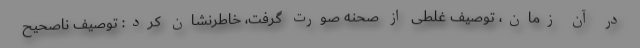
در آن زمان، توصیف غلطی از صحنه صورت گرفت، خاطرنشان کرد: توصیف ناصحیح